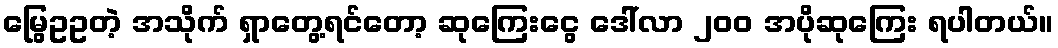
မြွေဥဥတဲ့ အသိုက် ရှာတွေ့ရင်တော့ ဆုကြေးငွေ ဒေါ်လာ ၂၀၀ အပိုဆုကြေး ရပါတယ်။